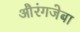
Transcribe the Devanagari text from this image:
औरंगजेबा